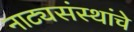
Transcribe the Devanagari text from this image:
नाट्यसंस्थांचे